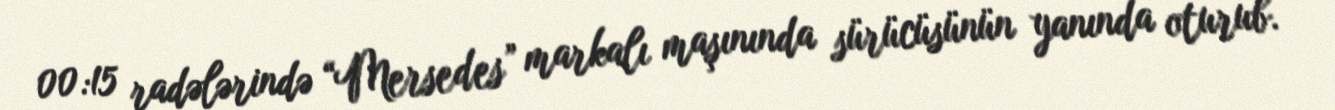
00:15 radələrində “Mersedes” markalı maşınında sürücüsünün yanında oturub.